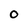
Character: O